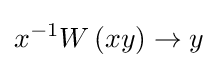
x^{-1}W\left(xy\right)\to y